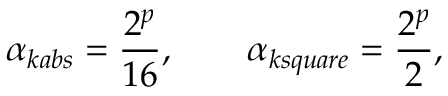
\alpha _ { k a b s } = \frac { 2 ^ { p } } { 1 6 } , \qquad \alpha _ { k s q u a r e } = \frac { 2 ^ { p } } { 2 } ,